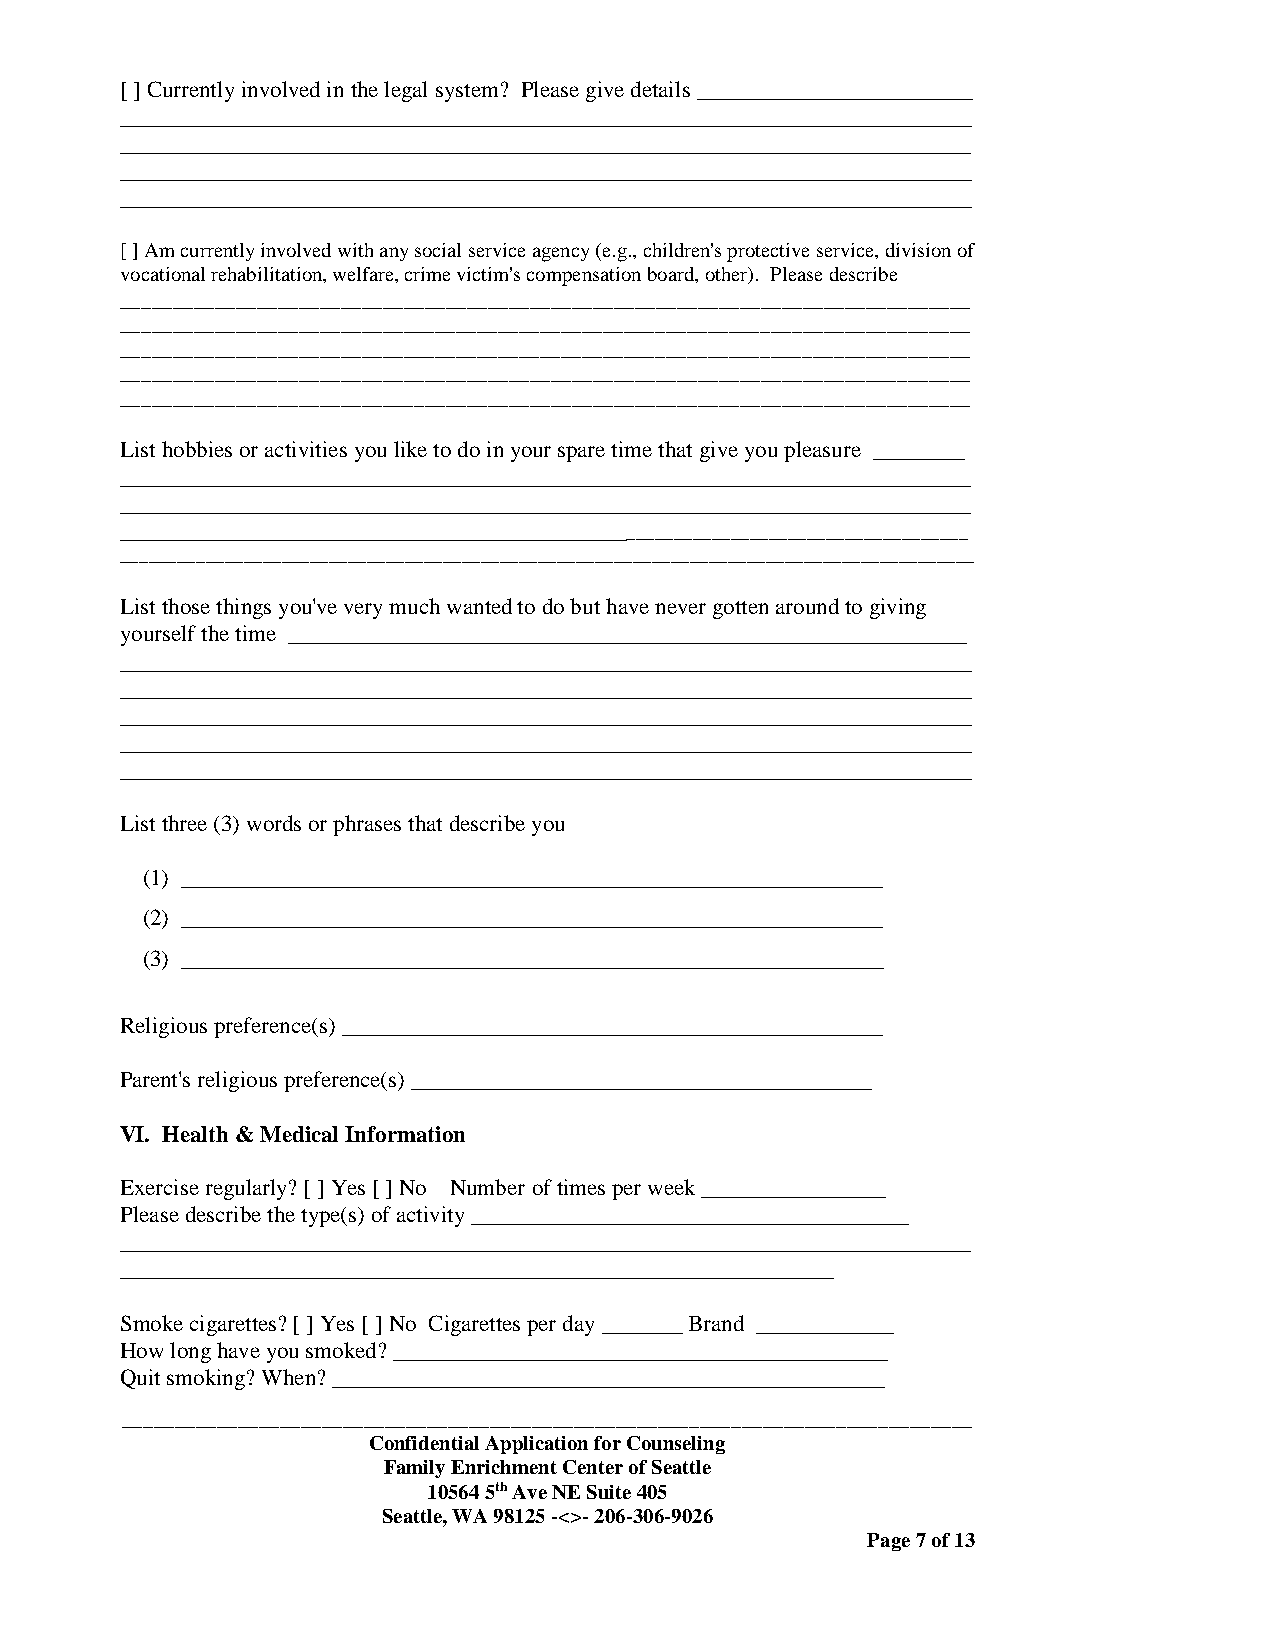
[ ] Currently involved in the legal system? Please give details ________________________
 __________________________________________________________________________
 __________________________________________________________________________
 __________________________________________________________________________
 __________________________________________________________________________
 [ ] Am currently involved with any social service agency (e.g., children's protective service, division of
 vocational rehabilitation, welfare, crime victim's compensation board, other). Please describe
 _________________________________________________________________________________
 _________________________________________________________________________________
 _________________________________________________________________________________
 _________________________________________________________________________________
 _________________________________________________________________________________
 List hobbies or activities you like to do in your spare time that give you pleasure ________
 __________________________________________________________________________
 __________________________________________________________________________
 ________________________________________________________________________________
 __________________________________________________________________________________________
 List those things you've very much wanted to do but have never gotten around to giving
 yourself the time ___________________________________________________________
 __________________________________________________________________________
 __________________________________________________________________________
 __________________________________________________________________________
 __________________________________________________________________________
 __________________________________________________________________________
 List three (3) words or phrases that describe you
 (1) _____________________________________________________________
 (2) _____________________________________________________________
 (3) _____________________________________________________________
 Religious preference(s) _______________________________________________
 Parent's religious preference(s) ________________________________________
 VI. Health & Medical Information
 Exercise regularly? [ ] Yes [ ] No Number of times per week ________________
 Please describe the type(s) of activity ______________________________________
 __________________________________________________________________________
 ______________________________________________________________
 Smoke cigarettes? [ ] Yes [ ] No Cigarettes per day _______ Brand ____________
 How long have you smoked? ___________________________________________
 Quit smoking? When? ________________________________________________
 _________________________________________________________________________________
 Confidential Application for Counseling
 Family Enrichment Center of Seattle
 10564 5th Ave NE Suite 405
 Seattle, WA 98125 -<>- 206-306-9026
 Page 7 of 13